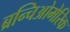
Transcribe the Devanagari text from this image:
ब्रन्चिओमेरिक